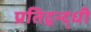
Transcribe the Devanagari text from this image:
प्रतिद्वन्द्धी